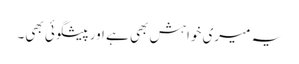
یہ میری خواہش بھی ہے اور پیشگوئی بھی۔